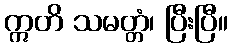
ဣတိ သမတ္တံ၊ ပြီးပြီ။